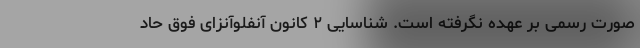
صورت رسمی بر عهده نگرفته است. شناسایی ۲ کانون آنفلوآنزای فوق حاد